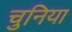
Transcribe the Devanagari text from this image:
चुनिया